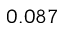
0 . 0 8 7